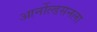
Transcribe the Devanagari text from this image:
आर्नोल्डसनला